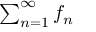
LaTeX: \textstyle \sum _ { n = 1 } ^ { \infty } f _ { n }